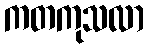
ကတကုသလာ